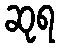
ဆုရ